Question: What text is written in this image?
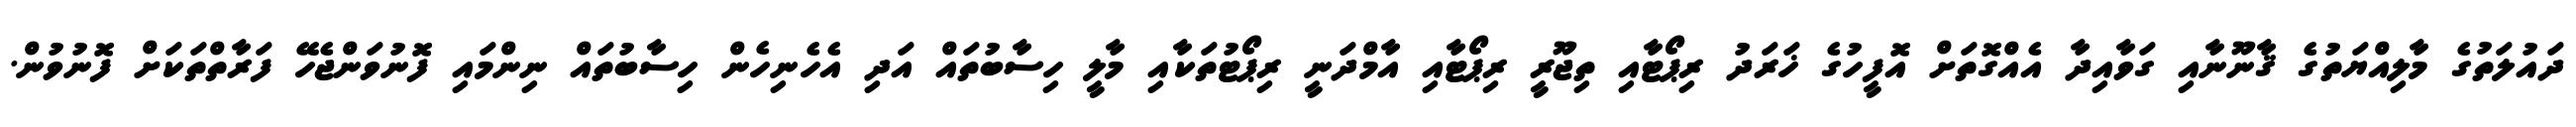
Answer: ދައުލަތުގެ މާލިއްޔަތުގެ ޤާނޫނާއި ގަވާއިދާ އެއްގޮތަށް އޮފީހުގެ ޚަރަދު ރިޕޯޓާއި ތިޖޫރީ ރިޕޯޓާއި އާމްދަނީ ރިޕޯޓުތަކާއި މާލީ ހިސާބުތައް އަދި އެހެނިހެން ހިސާބުތައް ނިންމައި ފޮނުވަންޖެހޭ ފަރާތްތަކަށް ފޮނުވުން.